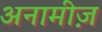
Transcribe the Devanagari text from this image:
अनामीज़